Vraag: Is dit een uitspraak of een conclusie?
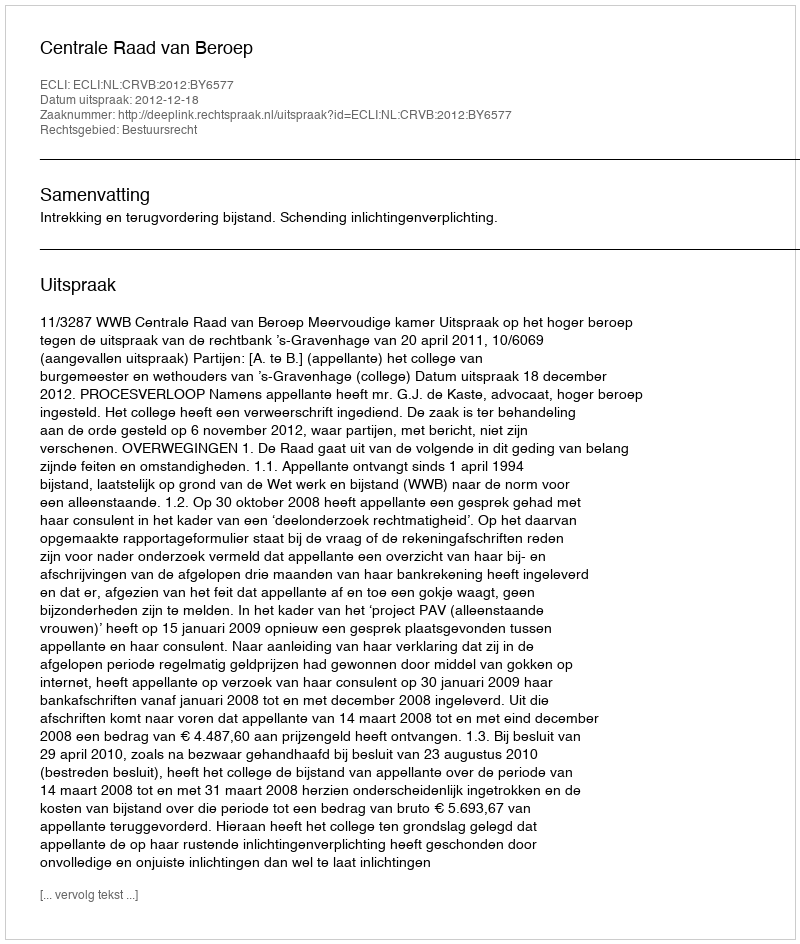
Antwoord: Uitspraak